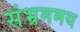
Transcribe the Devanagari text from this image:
संभ्रममय